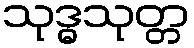
သုဒ္ဓသုတ္တ